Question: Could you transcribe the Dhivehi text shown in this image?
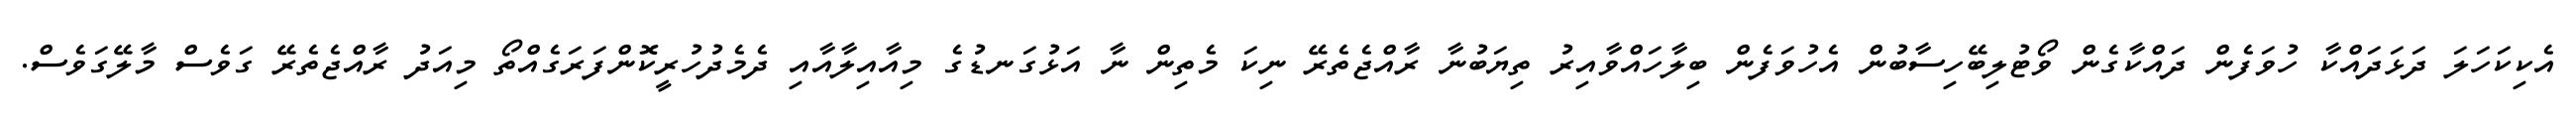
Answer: އެކިކަހަލަ ދަޅަދައްކާ ހުވަފެން ދައްކާގެން ވޯޓުލިބޭހިސާބުން އެހުވަފެން ބިލާހައްވާއިރު ތިޔަބުނާ ރާއްޖެތެރޭ ނިކަ މެތިން ނާ އަޅުގަނޑުގެ މިއާއިލާއާއި ދެމެދުހުރީކޮންފަރަގެއްތޯ މިއަދު ރާއްޖެތެރޭ ގަވެސް މާލޭގަވެސް.